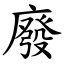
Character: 廢